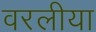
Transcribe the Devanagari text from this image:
वरलीया